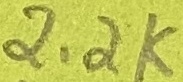
Text: 2.2K